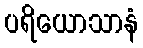
ပရိယောသာနံ